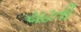
ચઢતી